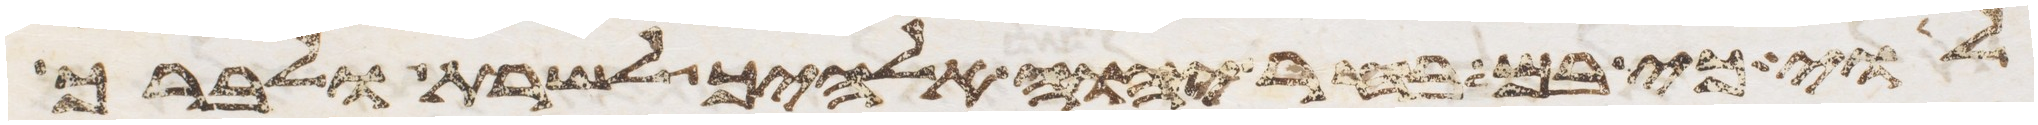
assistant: לוי כי בם בחר יהוה אלהיך לשרת ולברך